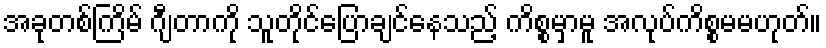
အခုတစ်ကြိမ် ဂျီတာကို သူတိုင်ပြောချင်နေသည့် ကိစ္စမှာမူ အလုပ်ကိစ္စမမဟုတ်။